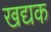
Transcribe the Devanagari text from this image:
खद्यक